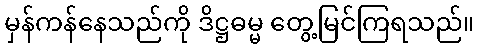
မှန်ကန်နေသည်ကို ဒိဋ္ဌဓမ္မ တွေ့မြင်ကြရသည်။